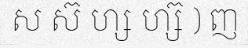
ស ស៊ ហ្ស ហ្ស៊ ) ញ